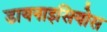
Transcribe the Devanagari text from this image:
डायनाइसियोस